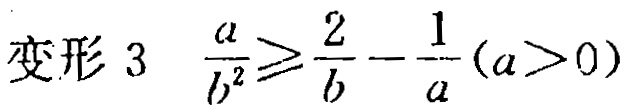
变形 3 $\frac{a}{b^{2}}\geq\frac{2}{b}-\frac{1}{a}(a > 0)$